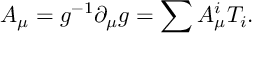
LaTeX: A _ { \mu } = g ^ { - 1 } \partial _ { \mu } g = \sum A _ { \mu } ^ { i } T _ { i } .